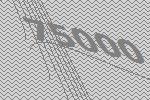
75000